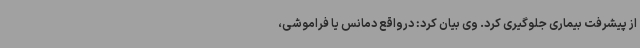
از پیشرفت بیماری جلوگیری کرد. وی بیان کرد: درواقع دمانس یا فراموشی،